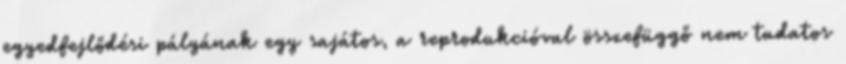
egyedfejlődési pályának egy sajátos, a reprodukcióval összefüggő nem tudatos